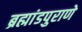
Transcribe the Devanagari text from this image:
ब्रह्मांडपुराणे